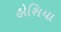
હોશિયા